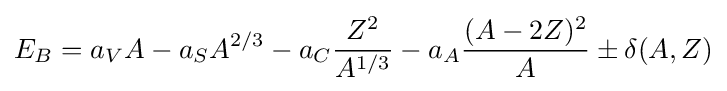
E_{B}=a_{V}A-a_{S}A^{2/3}-a_{C}{\frac {Z^{2}}{A^{1/3}}}-a_{A}{\frac {(A-2Z)^{2}}{A}}\pm \delta (A,Z)